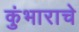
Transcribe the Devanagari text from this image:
कुंभाराचे